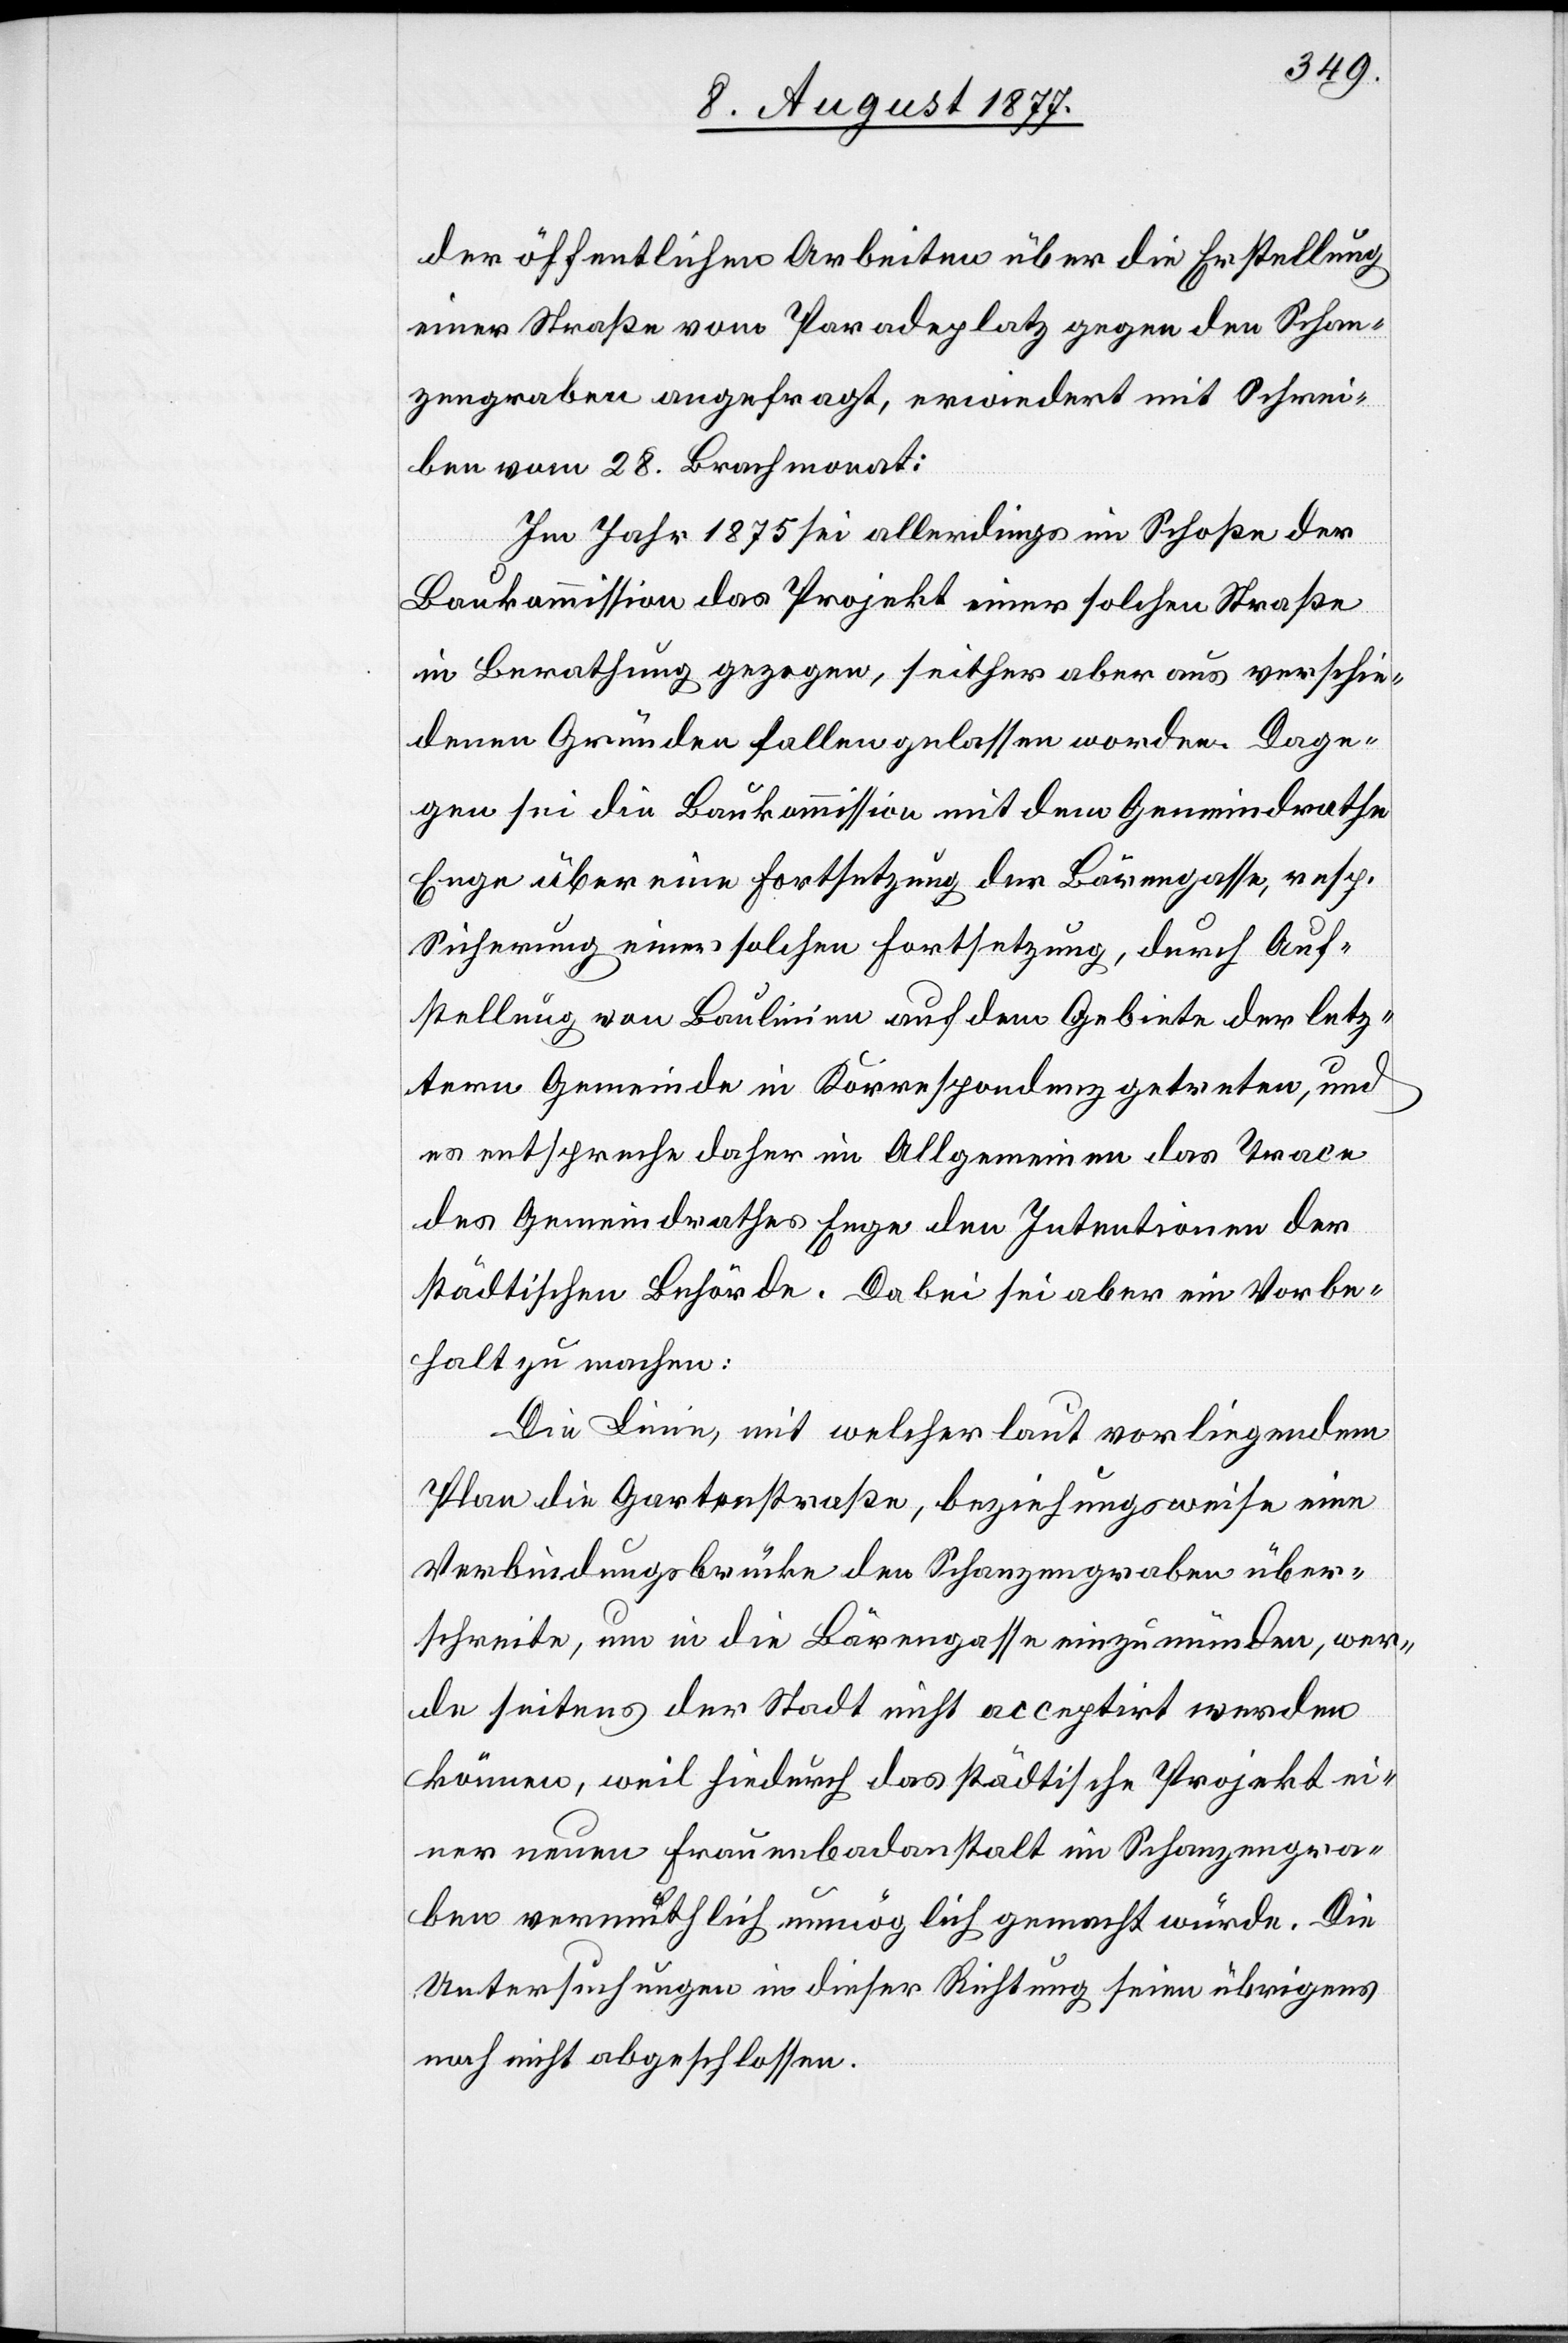
der öffentlichen Arbeiten über die Erstellung
einer Straße vom Paradeplatz gegen den Schan¬
zengraben angefragt, erwiedert mit Schrei¬
ben vom 28. Brachmonat:
Im Jahr 1875 sei allerdings im Schoße der
Baukommission das Projekt einer solchen Straße
in Berathung gezogen, seither aber aus verschie¬
denen Gründen fallen gelassen worden. Dage¬
gen sei die Baukommission mit dem Gemeindrathe
Enge über eine Fortsetzung der Bärengasse, resp.
Sicherung einer solchen Fortsetzung, durch Auf¬
stellung von Baulinien auf dem Gebiete der letz¬
tern Gemeinde in Korrespondenz getreten, und
es entspreche daher im Allgemeinen das Trace
des Gemeindrathes Enge den Intentionen der
städtischen Behörde. Dabei sei aber ein Vorbe¬
halt zu machen:
Die Linie, mit welcher laut vorliegendem
Plan die Gartenstraße, beziehungsweise eine
Verbindungsbrücke den Schanzengraben über¬
schreite, um in die Bärengasse einzumünden, wer¬
de seitens der Stadt nicht acceptirt werden
können, weil hiedurch das städtische Projekt ei¬
ner neuen Frauenbadanstalt im Schanzengra¬
ben vermuthlich unmöglich gemacht würde. Die
Untersuchungen in dieser Richtung seien übrigens
noch nicht abgeschlossen.